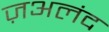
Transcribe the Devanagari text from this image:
ज़अलंद